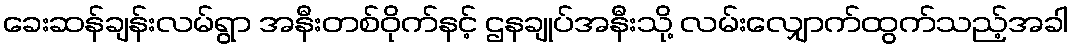
ခေးဆန်ချန်းလမ်ရွာ အနီးတစ်ဝိုက်နင့် ဌနချုပ်အနီးသို့ လမ်းလျှောက်ထွက်သည့်အခါ